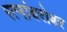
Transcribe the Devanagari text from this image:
रत्नांबरोबर